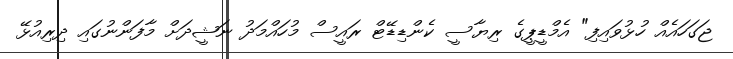
ޖަގަހައެއް ހުޅުވައިފި" އެމްޑީޕީގެ ރިޔާސީ ކެންޑިޑޭޓް ރައީސް މުހައްމަދު ނަޝީދަށް މާފަންނުގައި ދިރިއުޅޭ